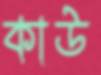
কাউ